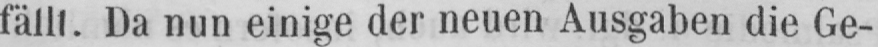
fällt. Da nun einige der neuen Ausgaben die Ge-